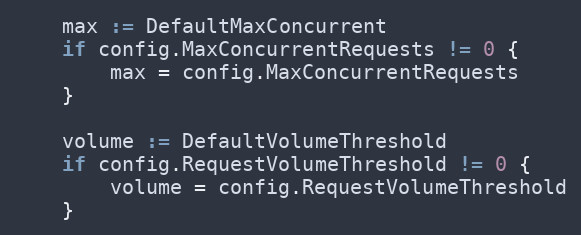
Language: Go
	max := DefaultMaxConcurrent
	if config.MaxConcurrentRequests != 0 {
		max = config.MaxConcurrentRequests
	}

	volume := DefaultVolumeThreshold
	if config.RequestVolumeThreshold != 0 {
		volume = config.RequestVolumeThreshold
	}